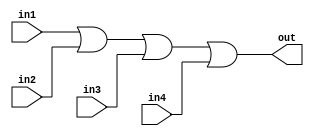
module four_input_or_gate(
    input in1,
    input in2,
    input in3,
    input in4,
    output out
);

assign out = in1 | in2 | in3 | in4;

endmodule